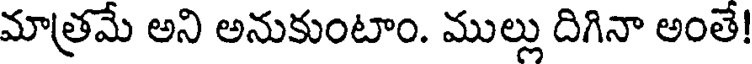
మాత్రమే అని అనుకుంటాం. ముల్లు దిగినా అంతే!